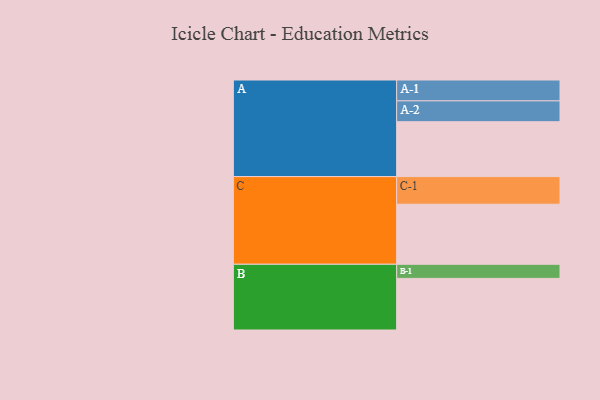
{"axis": {"x": "Segment", "y": "Value"}, "legend": ["", "A", "B", "C"], "data": [{"x": "A", "y": 455, "type": ""}, {"x": "B", "y": 428, "type": ""}, {"x": "C", "y": 498, "type": ""}, {"x": "A-1", "y": 173, "type": "A"}, {"x": "A-2", "y": 173, "type": "A"}, {"x": "B-1", "y": 117, "type": "B"}, {"x": "C-1", "y": 229, "type": "C"}]}